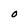
Character: O